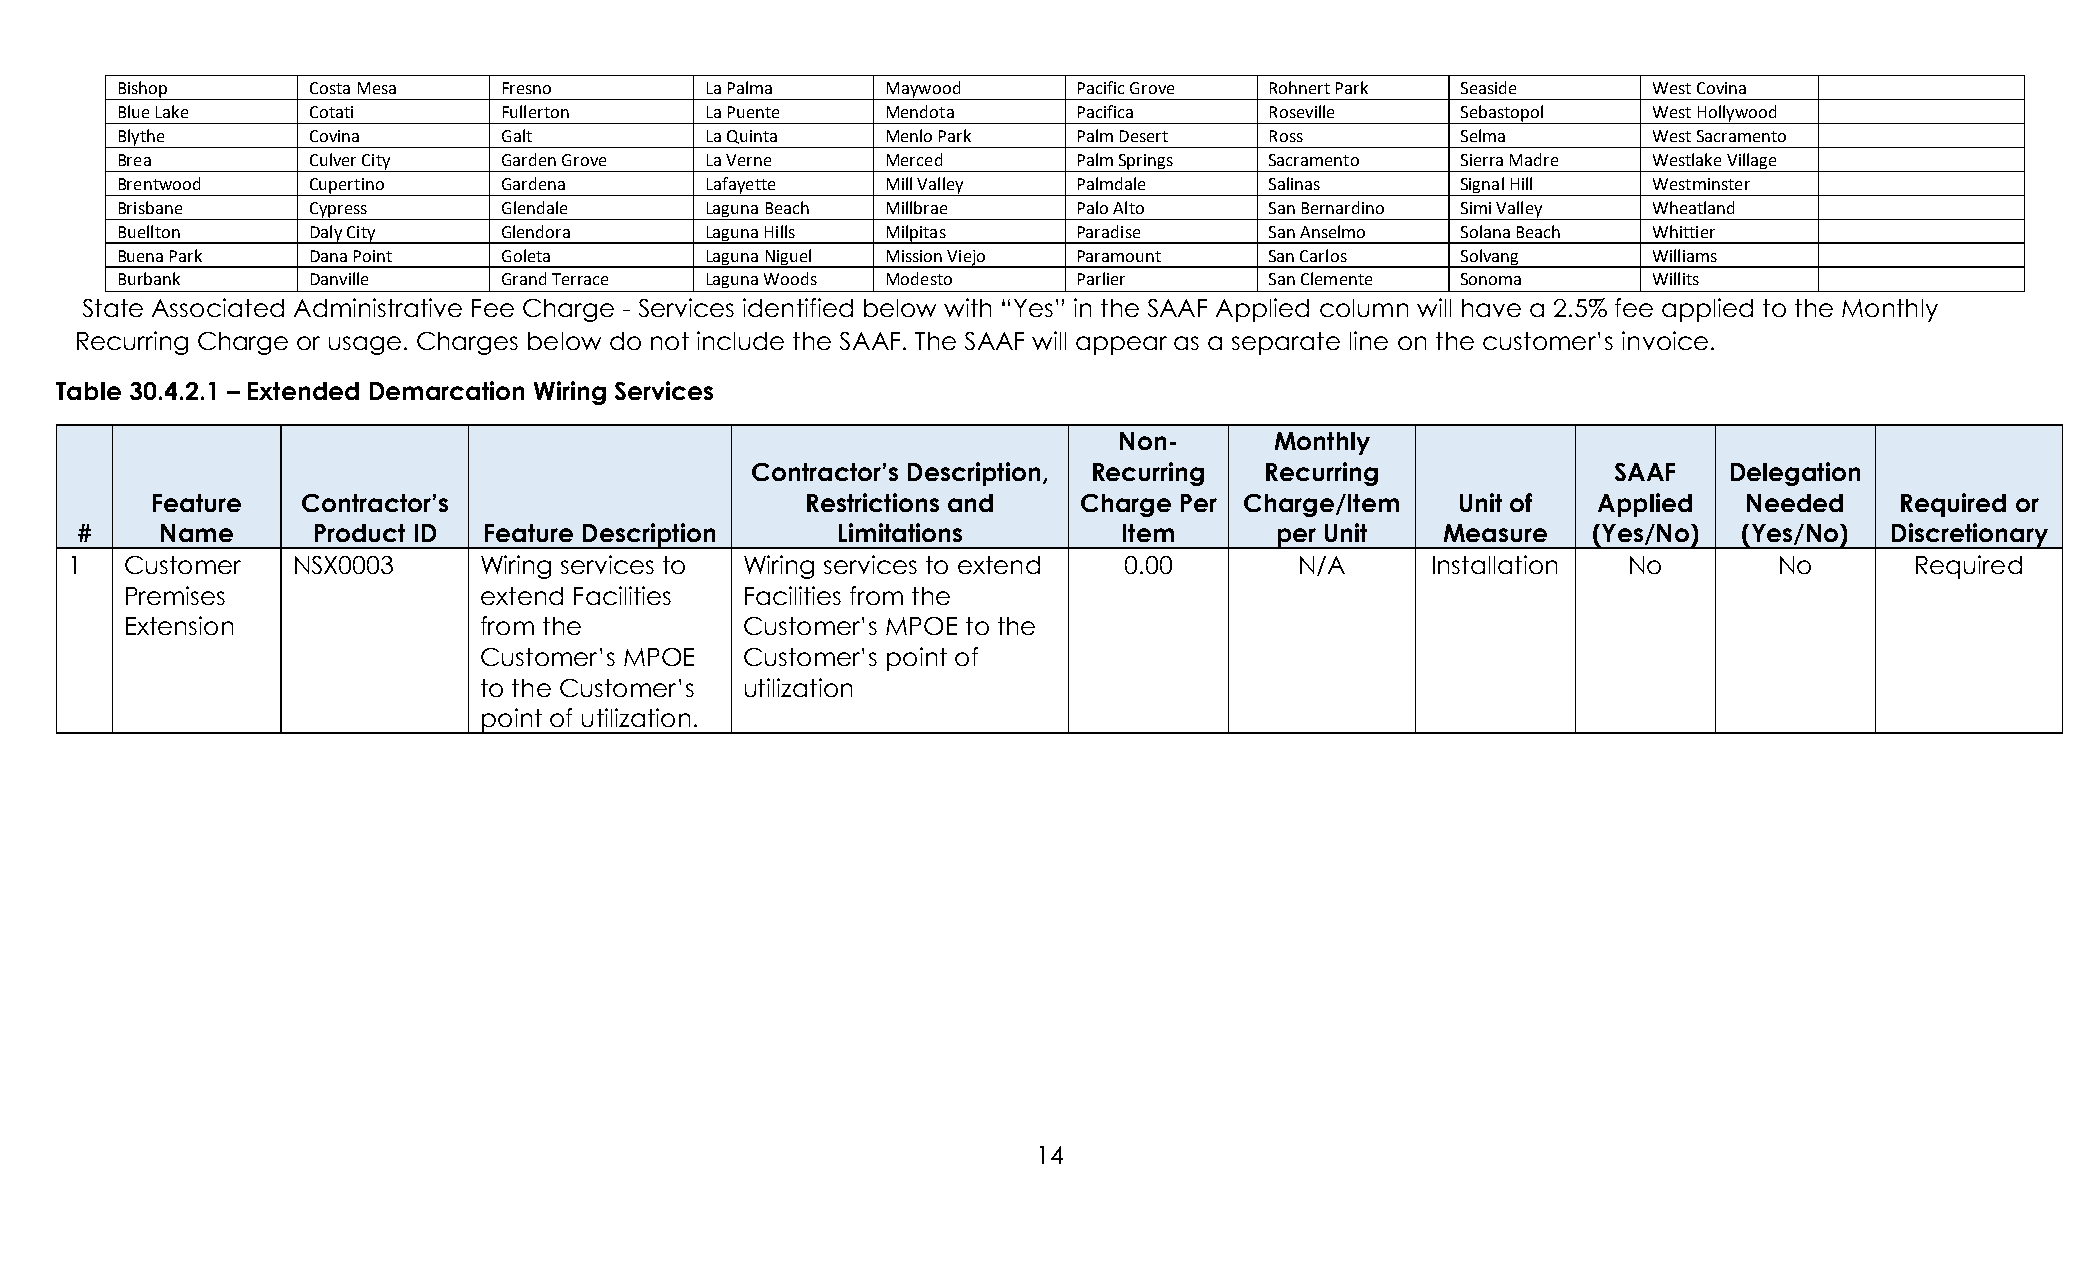
Bishop      Costa Mesa   Fresno        La Palma    Maywood     Pacific Grove Rohnert Park Seaside    West Covina
 Blue Lake   Cotati       Fullerton     La Puente   Mendota     Pacifica     Roseville    Sebastopol  West Hollywood
 Blythe      Covina       Galt          La Quinta   Menlo Park  Palm Desert  Ross         Selma       West Sacramento
 Brea        Culver City  Garden Grove  La Verne    Merced      Palm Springs Sacramento   Sierra Madre Westlake Village
 Brentwood   Cupertino    Gardena       Lafayette   Mill Valley Palmdale     Salinas      Signal Hill Westminster
 Brisbane    Cypress      Glendale      Laguna Beach Millbrae   Palo Alto    San Bernardino Simi Valley Wheatland
 Buellton    Daly City    Glendora      Laguna Hills Milpitas   Paradise     San Anselmo  Solana Beach Whittier
 Buena Park  Dana Point   Goleta        Laguna Niguel Mission Viejo Paramount San Carlos  Solvang     Williams
 Burbank     Danville     Grand Terrace Laguna Woods Modesto    Parlier      San Clemente Sonoma      Willits
 State Associated Administrative Fee Charge - Services identified below with “Yes” in the SAAF Applied column will have a 2.5% fee applied to the Monthly
 Recurring Charge or usage. Charges below do not include the SAAF. The SAAF will appear as a separate line on the customer’s invoice.
 Table 30.4.2.1 – Extended Demarcation Wiring Services
 Non-      Monthly
 Contractor’s Description, Recurring Recurring            SAAF   Delegation
 Feature   Contractor’s                     Restrictions and   Charge Per Charge/Item   Unit of  Applied   Needed    Required or
 #     Name      Product ID Feature Description    Limitations        Item      per Unit    Measure  (Yes/No)  (Yes/No)  Discretionary
 1   Customer   NSX0003      Wiring services to Wiring services to extend 0.00     N/A      Installation No        No       Required
 Premises                extend Facilities Facilities from the
 Extension               from the         Customer’s MPOE to the
 Customer’s MPOE  Customer’s point of
 to the Customer’s utilization
 point of utilization.
 14